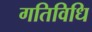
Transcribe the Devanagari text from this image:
गतिविधि